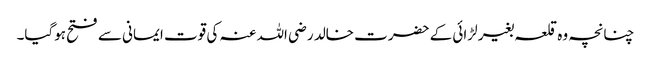
چنانچہ وہ قلعہ بغیر لڑائی کے حضرت خالد رضی اللہ عنہ کی قوت ایمانی سے فتح ہوگیا۔